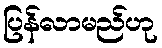
ပြန်လာမည်ဟု